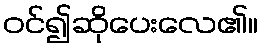
ဝင်၍ဆိုပေးလေ၏။